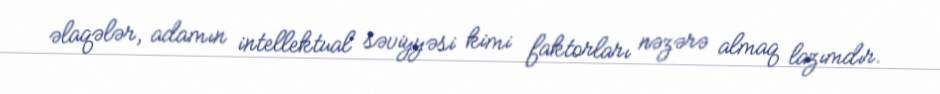
əlaqələr, adamın intellektual səviyyəsi kimi faktorları nəzərə almaq lazımdır.